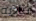
تناديه